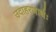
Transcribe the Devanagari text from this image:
उदाहरणार्थः